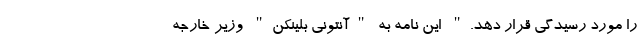
را مورد رسیدگی قرار دهد." این نامه به "آنتونی بلینکن" وزیر خارجه